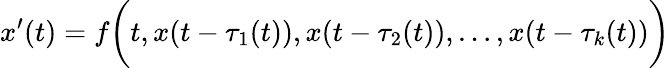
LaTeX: x^{\prime}(t)=f{\biggl(}t,x(t-\tau_{1}(t)),x(t-\tau_{2}(t)),\ldots,x(t-\tau_{k}(t)){\biggr)}